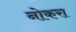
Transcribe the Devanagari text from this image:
नोकरा